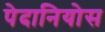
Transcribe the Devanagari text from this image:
पेदानियोस